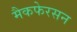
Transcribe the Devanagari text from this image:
मैकफेरसन